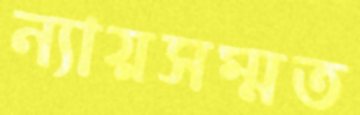
ন্যায়সম্মত